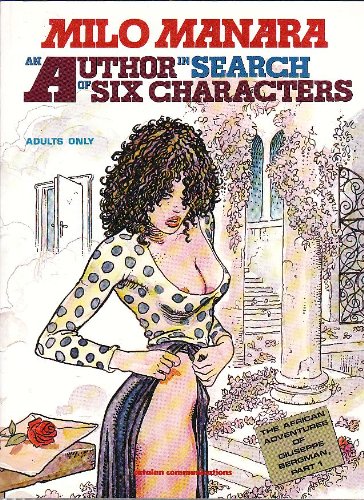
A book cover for An Author in Search of Six Characters (Adventures of Giuseppe Bergman); Milo Manara; Romance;